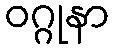
ဝဂ္ဂုနာ